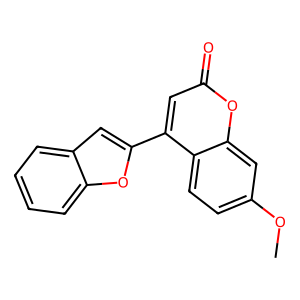
SMILES: COc1ccc2c(-c3cc4ccccc4o3)cc(=O)oc2c1
Inhibits HIV replication: No